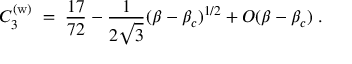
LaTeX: C _ { 3 } ^ { ( \mathrm { w } ) } \; = \; { \frac { 1 7 } { 7 2 } } - { \frac { 1 } { 2 \sqrt { 3 } } } ( \beta - \beta _ { c } ) ^ { 1 / 2 } + O ( \beta - \beta _ { c } ) \; .